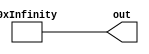
module length_data(
    output wire [3071:0] out
);
    wire [7:0]wire0, wire1, wire2, wire3, wire4, wire5, wire6, wire7, wire8, wire9, wire10, wire11, wire12, wire13, wire14, wire15, wire16, wire17, wire18, wire19, wire20, wire21, wire22, wire23, wire24, wire25, wire26, wire27, wire28, wire29, wire30, wire31, wire32, wire33, wire34, wire35, wire36, wire37, wire38, wire39, wire40, wire41, wire42, wire43, wire44, wire45, wire46, wire47, wire48, wire49, wire50, wire51, wire52, wire53, wire54, wire55, wire56, wire57, wire58, wire59, wire60, wire61, wire62, wire63, wire64, wire65, wire66, wire67, wire68, wire69, wire70, wire71, wire72, wire73, wire74, wire75, wire76, wire77, wire78, wire79, wire80, wire81, wire82, wire83, wire84, wire85, wire86, wire87, wire88, wire89, wire90, wire91, wire92, wire93, wire94, wire95, wire96, wire97, wire98, wire99, wire100, wire101, wire102, wire103, wire104, wire105, wire106, wire107, wire108, wire109, wire110, wire111, wire112, wire113, wire114, wire115, wire116, wire117, wire118, wire119, wire120, wire121, wire122, wire123, wire124, wire125, wire126, wire127, wire128, wire129, wire130, wire131, wire132, wire133, wire134, wire135, wire136, wire137, wire138, wire139, wire140, wire141, wire142, wire143, wire144, wire145, wire146, wire147, wire148, wire149, wire150, wire151, wire152, wire153, wire154, wire155, wire156, wire157, wire158, wire159, wire160, wire161, wire162, wire163, wire164, wire165, wire166, wire167, wire168, wire169, wire170, wire171, wire172, wire173, wire174, wire175, wire176, wire177, wire178, wire179, wire180, wire181, wire182, wire183, wire184, wire185, wire186, wire187, wire188, wire189, wire190, wire191, wire192, wire193, wire194, wire195, wire196, wire197, wire198, wire199, wire200, wire201, wire202, wire203, wire204, wire205, wire206, wire207, wire208, wire209, wire210, wire211, wire212, wire213, wire214, wire215, wire216, wire217, wire218, wire219, wire220, wire221, wire222, wire223, wire224, wire225, wire226, wire227, wire228, wire229, wire230, wire231, wire232, wire233, wire234, wire235, wire236, wire237, wire238, wire239, wire240, wire241, wire242, wire243, wire244, wire245, wire246, wire247, wire248, wire249, wire250, wire251, wire252, wire253, wire254, wire255, wire256, wire257, wire258, wire259, wire260, wire261, wire262, wire263, wire264, wire265, wire266, wire267, wire268, wire269, wire270, wire271, wire272, wire273, wire274, wire275, wire276, wire277, wire278, wire279, wire280, wire281, wire282, wire283, wire284, wire285, wire286, wire287, wire288, wire289, wire290, wire291, wire292, wire293, wire294, wire295, wire296, wire297, wire298, wire299, wire300, wire301, wire302, wire303, wire304, wire305, wire306, wire307, wire308, wire309, wire310, wire311, wire312, wire313, wire314, wire315, wire316, wire317, wire318, wire319, wire320, wire321, wire322, wire323, wire324, wire325, wire326, wire327, wire328, wire329, wire330, wire331, wire332, wire333, wire334, wire335, wire336, wire337, wire338, wire339, wire340, wire341, wire342, wire343, wire344, wire345, wire346, wire347, wire348, wire349, wire350, wire351, wire352, wire353, wire354, wire355, wire356, wire357, wire358, wire359, wire360, wire361, wire362, wire363, wire364, wire365, wire366, wire367, wire368, wire369, wire370, wire371, wire372, wire373, wire374, wire375, wire376, wire377, wire378, wire379, wire380, wire381, wire382, wire383;
    assign wire0 = {8'd1};
    assign wire1 = {8'd2};
    assign wire2 = {8'd3};
    assign wire3 = {8'd4};
    assign wire4 = {8'd2};
    assign wire5 = {8'd3};
    assign wire6 = {8'd4};
    assign wire7 = {8'd5};
    assign wire8 = {8'd2};
    assign wire9 = {8'd3};
    assign wire10 = {8'd4};
    assign wire11 = {8'd5};
    assign wire12 = {8'd3};
    assign wire13 = {8'd4};
    assign wire14 = {8'd5};
    assign wire15 = {8'd6};
    assign wire16 = {8'd1};
    assign wire17 = {8'd2};
    assign wire18 = {8'd3};
    assign wire19 = {8'd4};
    assign wire20 = {8'd2};
    assign wire21 = {8'd3};
    assign wire22 = {8'd4};
    assign wire23 = {8'd5};
    assign wire24 = {8'd3};
    assign wire25 = {8'd4};
    assign wire26 = {8'd5};
    assign wire27 = {8'd6};
    assign wire28 = {8'd4};
    assign wire29 = {8'd5};
    assign wire30 = {8'd6};
    assign wire31 = {8'd7};
    assign wire32 = {8'd1};
    assign wire33 = {8'd2};
    assign wire34 = {8'd3};
    assign wire35 = {8'd4};
    assign wire36 = {8'd2};
    assign wire37 = {8'd3};
    assign wire38 = {8'd4};
    assign wire39 = {8'd5};
    assign wire40 = {8'd5};
    assign wire41 = {8'd6};
    assign wire42 = {8'd7};
    assign wire43 = {8'd8};
    assign wire44 = {8'd6};
    assign wire45 = {8'd7};
    assign wire46 = {8'd8};
    assign wire47 = {8'd9};
    assign wire48 = {8'd1};
    assign wire49 = {8'd2};
    assign wire50 = {8'd3};
    assign wire51 = {8'd4};
    assign wire52 = {8'd2};
    assign wire53 = {8'd3};
    assign wire54 = {8'd4};
    assign wire55 = {8'd5};
    assign wire56 = {8'd7};
    assign wire57 = {8'd8};
    assign wire58 = {8'd9};
    assign wire59 = {8'd10};
    assign wire60 = {8'd8};
    assign wire61 = {8'd9};
    assign wire62 = {8'd10};
    assign wire63 = {8'd11};
    assign wire64 = {8'd2};
    assign wire65 = {8'd3};
    assign wire66 = {8'd4};
    assign wire67 = {8'd5};
    assign wire68 = {8'd3};
    assign wire69 = {8'd4};
    assign wire70 = {8'd5};
    assign wire71 = {8'd6};
    assign wire72 = {8'd3};
    assign wire73 = {8'd4};
    assign wire74 = {8'd5};
    assign wire75 = {8'd6};
    assign wire76 = {8'd4};
    assign wire77 = {8'd5};
    assign wire78 = {8'd6};
    assign wire79 = {8'd7};
    assign wire80 = {8'd2};
    assign wire81 = {8'd3};
    assign wire82 = {8'd4};
    assign wire83 = {8'd5};
    assign wire84 = {8'd3};
    assign wire85 = {8'd4};
    assign wire86 = {8'd5};
    assign wire87 = {8'd6};
    assign wire88 = {8'd4};
    assign wire89 = {8'd5};
    assign wire90 = {8'd6};
    assign wire91 = {8'd7};
    assign wire92 = {8'd5};
    assign wire93 = {8'd6};
    assign wire94 = {8'd7};
    assign wire95 = {8'd8};
    assign wire96 = {8'd2};
    assign wire97 = {8'd3};
    assign wire98 = {8'd4};
    assign wire99 = {8'd5};
    assign wire100 = {8'd3};
    assign wire101 = {8'd4};
    assign wire102 = {8'd5};
    assign wire103 = {8'd6};
    assign wire104 = {8'd6};
    assign wire105 = {8'd7};
    assign wire106 = {8'd8};
    assign wire107 = {8'd9};
    assign wire108 = {8'd7};
    assign wire109 = {8'd8};
    assign wire110 = {8'd9};
    assign wire111 = {8'd10};
    assign wire112 = {8'd2};
    assign wire113 = {8'd3};
    assign wire114 = {8'd4};
    assign wire115 = {8'd5};
    assign wire116 = {8'd3};
    assign wire117 = {8'd4};
    assign wire118 = {8'd5};
    assign wire119 = {8'd6};
    assign wire120 = {8'd8};
    assign wire121 = {8'd9};
    assign wire122 = {8'd10};
    assign wire123 = {8'd11};
    assign wire124 = {8'd9};
    assign wire125 = {8'd10};
    assign wire126 = {8'd11};
    assign wire127 = {8'd12};
    assign wire128 = {8'd3};
    assign wire129 = {8'd4};
    assign wire130 = {8'd5};
    assign wire131 = {8'd6};
    assign wire132 = {8'd4};
    assign wire133 = {8'd5};
    assign wire134 = {8'd6};
    assign wire135 = {8'd7};
    assign wire136 = {8'd4};
    assign wire137 = {8'd5};
    assign wire138 = {8'd6};
    assign wire139 = {8'd7};
    assign wire140 = {8'd5};
    assign wire141 = {8'd6};
    assign wire142 = {8'd7};
    assign wire143 = {8'd8};
    assign wire144 = {8'd3};
    assign wire145 = {8'd4};
    assign wire146 = {8'd5};
    assign wire147 = {8'd6};
    assign wire148 = {8'd4};
    assign wire149 = {8'd5};
    assign wire150 = {8'd6};
    assign wire151 = {8'd7};
    assign wire152 = {8'd5};
    assign wire153 = {8'd6};
    assign wire154 = {8'd7};
    assign wire155 = {8'd8};
    assign wire156 = {8'd6};
    assign wire157 = {8'd7};
    assign wire158 = {8'd8};
    assign wire159 = {8'd9};
    assign wire160 = {8'd3};
    assign wire161 = {8'd4};
    assign wire162 = {8'd5};
    assign wire163 = {8'd6};
    assign wire164 = {8'd4};
    assign wire165 = {8'd5};
    assign wire166 = {8'd6};
    assign wire167 = {8'd7};
    assign wire168 = {8'd7};
    assign wire169 = {8'd8};
    assign wire170 = {8'd9};
    assign wire171 = {8'd10};
    assign wire172 = {8'd8};
    assign wire173 = {8'd9};
    assign wire174 = {8'd10};
    assign wire175 = {8'd11};
    assign wire176 = {8'd3};
    assign wire177 = {8'd4};
    assign wire178 = {8'd5};
    assign wire179 = {8'd6};
    assign wire180 = {8'd4};
    assign wire181 = {8'd5};
    assign wire182 = {8'd6};
    assign wire183 = {8'd7};
    assign wire184 = {8'd9};
    assign wire185 = {8'd10};
    assign wire186 = {8'd11};
    assign wire187 = {8'd12};
    assign wire188 = {8'd10};
    assign wire189 = {8'd11};
    assign wire190 = {8'd12};
    assign wire191 = {8'd13};
    assign wire192 = {8'd4};
    assign wire193 = {8'd5};
    assign wire194 = {8'd6};
    assign wire195 = {8'd7};
    assign wire196 = {8'd5};
    assign wire197 = {8'd6};
    assign wire198 = {8'd7};
    assign wire199 = {8'd8};
    assign wire200 = {8'd5};
    assign wire201 = {8'd6};
    assign wire202 = {8'd7};
    assign wire203 = {8'd8};
    assign wire204 = {8'd6};
    assign wire205 = {8'd7};
    assign wire206 = {8'd8};
    assign wire207 = {8'd9};
    assign wire208 = {8'd4};
    assign wire209 = {8'd5};
    assign wire210 = {8'd6};
    assign wire211 = {8'd7};
    assign wire212 = {8'd5};
    assign wire213 = {8'd6};
    assign wire214 = {8'd7};
    assign wire215 = {8'd8};
    assign wire216 = {8'd6};
    assign wire217 = {8'd7};
    assign wire218 = {8'd8};
    assign wire219 = {8'd9};
    assign wire220 = {8'd7};
    assign wire221 = {8'd8};
    assign wire222 = {8'd9};
    assign wire223 = {8'd10};
    assign wire224 = {8'd4};
    assign wire225 = {8'd5};
    assign wire226 = {8'd6};
    assign wire227 = {8'd7};
    assign wire228 = {8'd5};
    assign wire229 = {8'd6};
    assign wire230 = {8'd7};
    assign wire231 = {8'd8};
    assign wire232 = {8'd8};
    assign wire233 = {8'd9};
    assign wire234 = {8'd10};
    assign wire235 = {8'd11};
    assign wire236 = {8'd9};
    assign wire237 = {8'd10};
    assign wire238 = {8'd11};
    assign wire239 = {8'd12};
    assign wire240 = {8'd4};
    assign wire241 = {8'd5};
    assign wire242 = {8'd6};
    assign wire243 = {8'd7};
    assign wire244 = {8'd5};
    assign wire245 = {8'd6};
    assign wire246 = {8'd7};
    assign wire247 = {8'd8};
    assign wire248 = {8'd10};
    assign wire249 = {8'd11};
    assign wire250 = {8'd12};
    assign wire251 = {8'd13};
    assign wire252 = {8'd11};
    assign wire253 = {8'd12};
    assign wire254 = {8'd13};
    assign wire255 = {8'd14};
    assign wire256 = {8'd6};
    assign wire257 = {8'd7};
    assign wire258 = {8'd8};
    assign wire259 = {8'd9};
    assign wire260 = {8'd7};
    assign wire261 = {8'd8};
    assign wire262 = {8'd9};
    assign wire263 = {8'd10};
    assign wire264 = {8'd7};
    assign wire265 = {8'd8};
    assign wire266 = {8'd9};
    assign wire267 = {8'd10};
    assign wire268 = {8'd8};
    assign wire269 = {8'd9};
    assign wire270 = {8'd10};
    assign wire271 = {8'd11};
    assign wire272 = {8'd6};
    assign wire273 = {8'd7};
    assign wire274 = {8'd8};
    assign wire275 = {8'd9};
    assign wire276 = {8'd7};
    assign wire277 = {8'd8};
    assign wire278 = {8'd9};
    assign wire279 = {8'd10};
    assign wire280 = {8'd8};
    assign wire281 = {8'd9};
    assign wire282 = {8'd10};
    assign wire283 = {8'd11};
    assign wire284 = {8'd9};
    assign wire285 = {8'd10};
    assign wire286 = {8'd11};
    assign wire287 = {8'd12};
    assign wire288 = {8'd6};
    assign wire289 = {8'd7};
    assign wire290 = {8'd8};
    assign wire291 = {8'd9};
    assign wire292 = {8'd7};
    assign wire293 = {8'd8};
    assign wire294 = {8'd9};
    assign wire295 = {8'd10};
    assign wire296 = {8'd10};
    assign wire297 = {8'd11};
    assign wire298 = {8'd12};
    assign wire299 = {8'd13};
    assign wire300 = {8'd11};
    assign wire301 = {8'd12};
    assign wire302 = {8'd13};
    assign wire303 = {8'd14};
    assign wire304 = {8'd6};
    assign wire305 = {8'd7};
    assign wire306 = {8'd8};
    assign wire307 = {8'd9};
    assign wire308 = {8'd7};
    assign wire309 = {8'd8};
    assign wire310 = {8'd9};
    assign wire311 = {8'd10};
    assign wire312 = {8'd12};
    assign wire313 = {8'd13};
    assign wire314 = {8'd14};
    assign wire315 = {8'd15};
    assign wire316 = {8'd13};
    assign wire317 = {8'd14};
    assign wire318 = {8'd15};
    assign wire319 = {8'd16};
    assign wire320 = {8'd7};
    assign wire321 = {8'd8};
    assign wire322 = {8'd9};
    assign wire323 = {8'd10};
    assign wire324 = {8'd8};
    assign wire325 = {8'd9};
    assign wire326 = {8'd10};
    assign wire327 = {8'd11};
    assign wire328 = {8'd8};
    assign wire329 = {8'd9};
    assign wire330 = {8'd10};
    assign wire331 = {8'd11};
    assign wire332 = {8'd9};
    assign wire333 = {8'd10};
    assign wire334 = {8'd11};
    assign wire335 = {8'd12};
    assign wire336 = {8'd7};
    assign wire337 = {8'd8};
    assign wire338 = {8'd9};
    assign wire339 = {8'd10};
    assign wire340 = {8'd8};
    assign wire341 = {8'd9};
    assign wire342 = {8'd10};
    assign wire343 = {8'd11};
    assign wire344 = {8'd9};
    assign wire345 = {8'd10};
    assign wire346 = {8'd11};
    assign wire347 = {8'd12};
    assign wire348 = {8'd10};
    assign wire349 = {8'd11};
    assign wire350 = {8'd12};
    assign wire351 = {8'd13};
    assign wire352 = {8'd7};
    assign wire353 = {8'd8};
    assign wire354 = {8'd9};
    assign wire355 = {8'd10};
    assign wire356 = {8'd8};
    assign wire357 = {8'd9};
    assign wire358 = {8'd10};
    assign wire359 = {8'd11};
    assign wire360 = {8'd11};
    assign wire361 = {8'd12};
    assign wire362 = {8'd13};
    assign wire363 = {8'd14};
    assign wire364 = {8'd12};
    assign wire365 = {8'd13};
    assign wire366 = {8'd14};
    assign wire367 = {8'd15};
    assign wire368 = {8'd7};
    assign wire369 = {8'd8};
    assign wire370 = {8'd9};
    assign wire371 = {8'd10};
    assign wire372 = {8'd8};
    assign wire373 = {8'd9};
    assign wire374 = {8'd10};
    assign wire375 = {8'd11};
    assign wire376 = {8'd13};
    assign wire377 = {8'd14};
    assign wire378 = {8'd15};
    assign wire379 = {8'd16};
    assign wire380 = {8'd14};
    assign wire381 = {8'd15};
    assign wire382 = {8'd16};
    assign wire383 = {8'd17};
    wire [3071:0] data_concat;
    assign data_concat = {wire383, wire382, wire381, wire380, wire379, wire378, wire377, wire376, wire375, wire374, wire373, wire372, wire371, wire370, wire369, wire368, wire367, wire366, wire365, wire364, wire363, wire362, wire361, wire360, wire359, wire358, wire357, wire356, wire355, wire354, wire353, wire352, wire351, wire350, wire349, wire348, wire347, wire346, wire345, wire344, wire343, wire342, wire341, wire340, wire339, wire338, wire337, wire336, wire335, wire334, wire333, wire332, wire331, wire330, wire329, wire328, wire327, wire326, wire325, wire324, wire323, wire322, wire321, wire320, wire319, wire318, wire317, wire316, wire315, wire314, wire313, wire312, wire311, wire310, wire309, wire308, wire307, wire306, wire305, wire304, wire303, wire302, wire301, wire300, wire299, wire298, wire297, wire296, wire295, wire294, wire293, wire292, wire291, wire290, wire289, wire288, wire287, wire286, wire285, wire284, wire283, wire282, wire281, wire280, wire279, wire278, wire277, wire276, wire275, wire274, wire273, wire272, wire271, wire270, wire269, wire268, wire267, wire266, wire265, wire264, wire263, wire262, wire261, wire260, wire259, wire258, wire257, wire256, wire255, wire254, wire253, wire252, wire251, wire250, wire249, wire248, wire247, wire246, wire245, wire244, wire243, wire242, wire241, wire240, wire239, wire238, wire237, wire236, wire235, wire234, wire233, wire232, wire231, wire230, wire229, wire228, wire227, wire226, wire225, wire224, wire223, wire222, wire221, wire220, wire219, wire218, wire217, wire216, wire215, wire214, wire213, wire212, wire211, wire210, wire209, wire208, wire207, wire206, wire205, wire204, wire203, wire202, wire201, wire200, wire199, wire198, wire197, wire196, wire195, wire194, wire193, wire192, wire191, wire190, wire189, wire188, wire187, wire186, wire185, wire184, wire183, wire182, wire181, wire180, wire179, wire178, wire177, wire176, wire175, wire174, wire173, wire172, wire171, wire170, wire169, wire168, wire167, wire166, wire165, wire164, wire163, wire162, wire161, wire160, wire159, wire158, wire157, wire156, wire155, wire154, wire153, wire152, wire151, wire150, wire149, wire148, wire147, wire146, wire145, wire144, wire143, wire142, wire141, wire140, wire139, wire138, wire137, wire136, wire135, wire134, wire133, wire132, wire131, wire130, wire129, wire128, wire127, wire126, wire125, wire124, wire123, wire122, wire121, wire120, wire119, wire118, wire117, wire116, wire115, wire114, wire113, wire112, wire111, wire110, wire109, wire108, wire107, wire106, wire105, wire104, wire103, wire102, wire101, wire100, wire99, wire98, wire97, wire96, wire95, wire94, wire93, wire92, wire91, wire90, wire89, wire88, wire87, wire86, wire85, wire84, wire83, wire82, wire81, wire80, wire79, wire78, wire77, wire76, wire75, wire74, wire73, wire72, wire71, wire70, wire69, wire68, wire67, wire66, wire65, wire64, wire63, wire62, wire61, wire60, wire59, wire58, wire57, wire56, wire55, wire54, wire53, wire52, wire51, wire50, wire49, wire48, wire47, wire46, wire45, wire44, wire43, wire42, wire41, wire40, wire39, wire38, wire37, wire36, wire35, wire34, wire33, wire32, wire31, wire30, wire29, wire28, wire27, wire26, wire25, wire24, wire23, wire22, wire21, wire20, wire19, wire18, wire17, wire16, wire15, wire14, wire13, wire12, wire11, wire10, wire9, wire8, wire7, wire6, wire5, wire4, wire3, wire2, wire1, wire0};
    assign out = data_concat;


endmodule